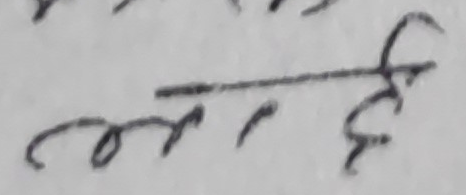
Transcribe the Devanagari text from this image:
छी